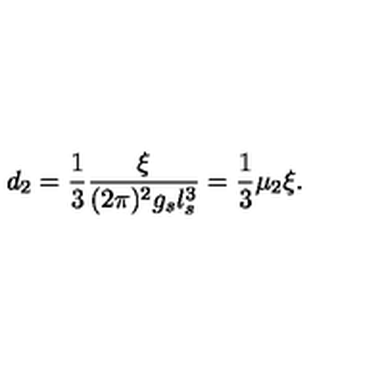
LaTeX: d _ { 2 } = { \frac { 1 } { 3 } } { \frac { \xi } { ( 2 \pi ) ^ { 2 } g _ { s } l _ { s } ^ { 3 } } } = { \frac { 1 } { 3 } } \mu _ { 2 } \xi .